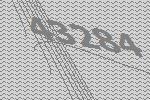
43284